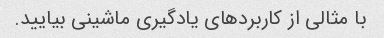
با مثالی از کاربردهای یادگیری ماشینی بیایید.